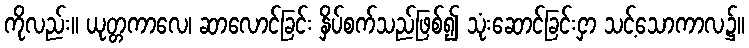
ကိုလည်း။ ယုတ္တကာလေ၊ ဆာလောင်ခြင်း နှိပ်စက်သည်ဖြစ်၍ သုံးဆောင်ခြင်းငှာ သင့်သောကာလ၌။